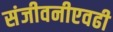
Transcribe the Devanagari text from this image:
संजीवनीएवढी